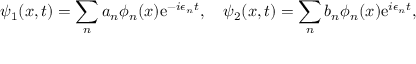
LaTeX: \psi _ { 1 } ( x , t ) = \sum _ { n } a _ { n } \phi _ { n } ( x ) \mathrm { e } ^ { - i \epsilon _ { n } t } , \quad \psi _ { 2 } ( x , t ) = \sum _ { n } b _ { n } \phi _ { n } ( x ) \mathrm { e } ^ { i \epsilon _ { n } t } ,